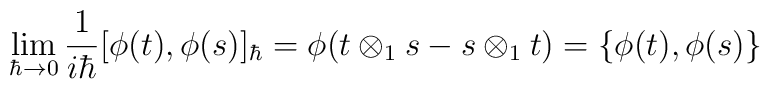
\lim_{\hbar\to 0}\frac{1}{i\hbar}[\phi(t),\phi(s)]_\hbar =\phi(t\otimes_1 s-s\otimes_1 t)=\{\phi(t),\phi(s)\}